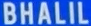
BHALIL